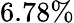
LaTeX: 6.78\%